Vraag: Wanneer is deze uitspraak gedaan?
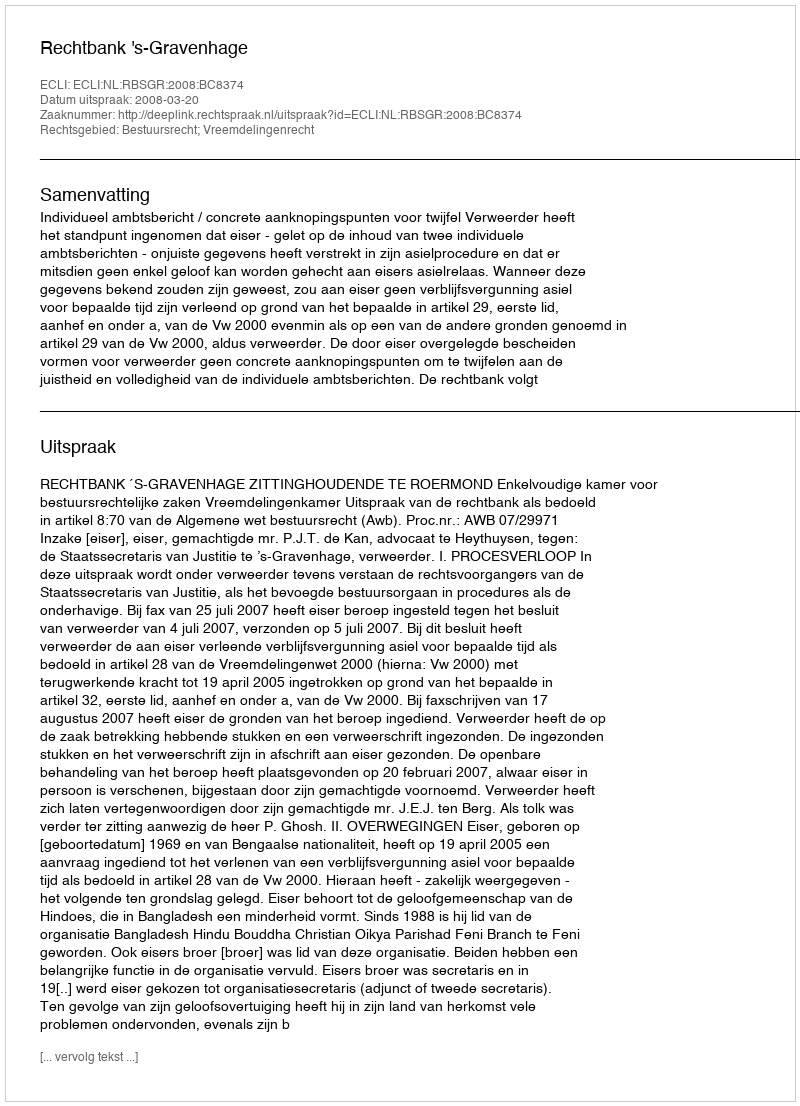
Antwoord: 2008-03-20